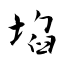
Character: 埳